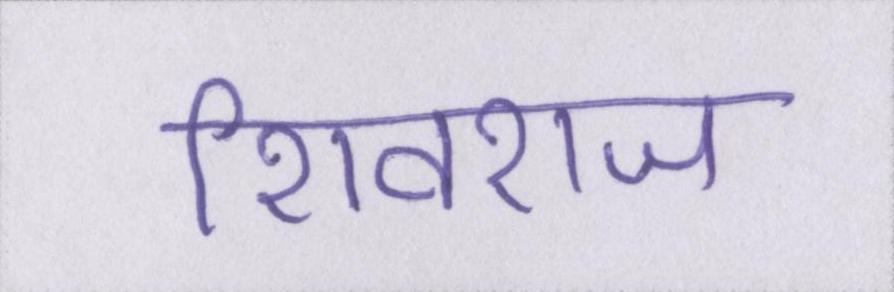
शिवराज